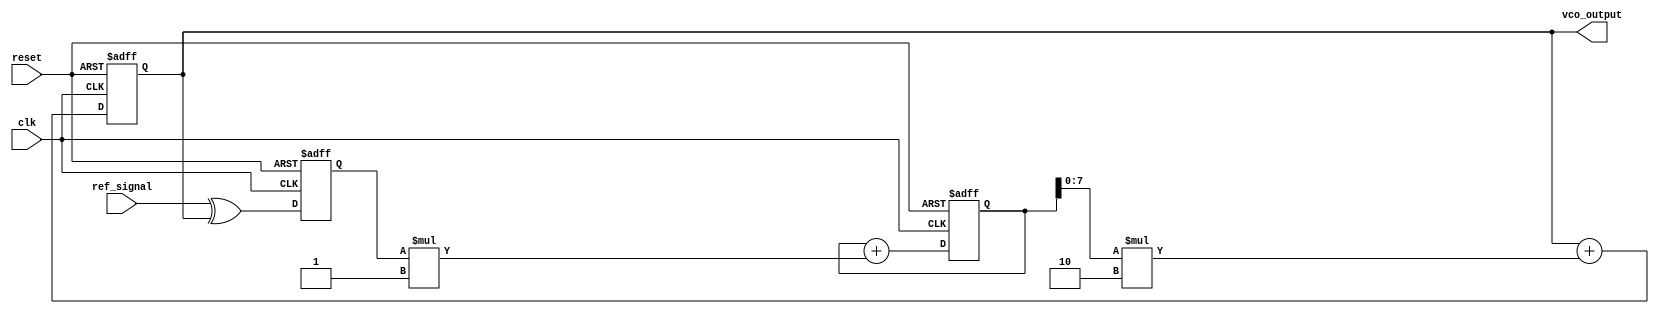
module PLL (
    input wire clk,                  // System clock
    input wire reset,                // Reset signal
    input wire ref_signal,           // Reference signal input
    output reg vco_output            // VCO output signal
);

// Parameters
parameter NUM_TAPS = 4;
parameter MEMORY_SIZE = 16;
parameter K_VCO = 2;               // VCO gain
parameter K_LPF = 1;               // LPF gain

// Memory blocks for storing previous values
reg [7:0] memory_block [0:MEMORY_SIZE-1];

// Phase Detector (PD)
reg phase_error;
always @(posedge clk or posedge reset) begin
    if (reset) begin
        phase_error <= 0;
    end else begin
        // Simple XOR-based PD for 2-phase comparison
        phase_error <= ref_signal ^ vco_output; 
    end
end

// Low Pass Filter (LPF)
reg [15:0] lpf_output;
integer i;
always @(posedge clk or posedge reset) begin
    if (reset) begin
        lpf_output <= 0;
    end else begin
        // Simple finite impulse response filter with tap delay
        lpf_output <= lpf_output + (phase_error * K_LPF); 
        
        // Store intermediate values in memory blocks
        for (i = MEMORY_SIZE-1; i > 0; i = i - 1) begin
            memory_block[i] <= memory_block[i-1];
        end
        memory_block[0] <= lpf_output[7:0]; // Store the least significant byte
    end
end

// Voltage-Controlled Oscillator (VCO)
always @(posedge clk or posedge reset) begin
    if (reset) begin
        vco_output <= 0;
    end else begin
        // VCO output controlled by the LPF output
        vco_output <= vco_output + (lpf_output[7:0] * K_VCO); // Simple linear control
    end
end

endmodule